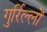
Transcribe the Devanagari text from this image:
गुर्रिल्लों